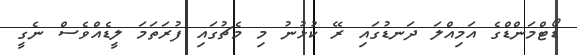
ޑޯޓްމަންޑްގެ އަމިއްލަ ދަނޑުގައި ރޭ ކުޅުނު މި މެޗުގައި ފުރަތަމަ ލީޑެއްވެސް ނެގީ